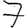
Digit: 7